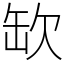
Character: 缼